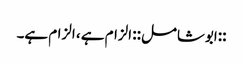
::ابوشامل:: الزام ہے ، الزام ہے۔